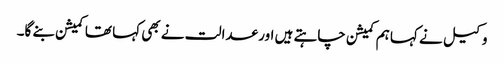
وکیل نے کہا ہم کمیشن چاہتے ہیں اور عدالت نے بھی کہا تھا کمیشن بنے گا۔